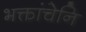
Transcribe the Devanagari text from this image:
भक्तांचेनि